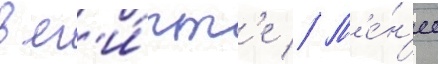
в ег'и́пт'е // М'е́н'ее